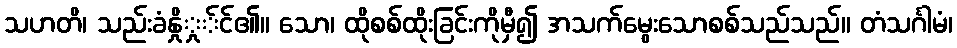
သဟတိ၊ သည်းခံနှိုှု်င်၏။ သော၊ ထိုစစ်ထိုးခြင်းကိုမှီ၍ အသက်မွေးသောစစ်သည်သည်။ တံသင်္ဂါမံ၊